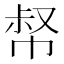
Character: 𢃝